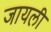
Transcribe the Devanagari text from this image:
जायली